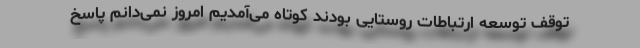
توقف توسعه ارتباطات روستایی بودند کوتاه می‌آمدیم امروز نمی‌دانم پاسخ